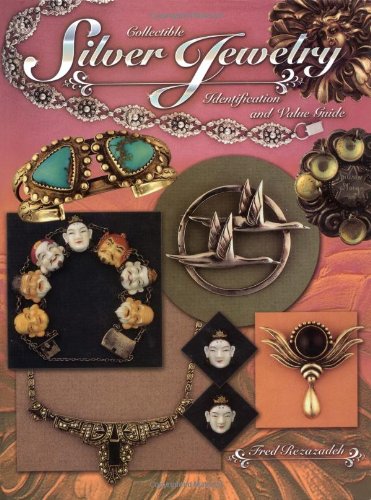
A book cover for Collectible Silver Jewelry Identification & Value Guide; Fred Rezazadeh; Crafts, Hobbies & Home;